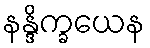
နန္ဒိက္ခယေန